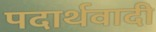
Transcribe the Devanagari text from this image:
पदार्थवादी